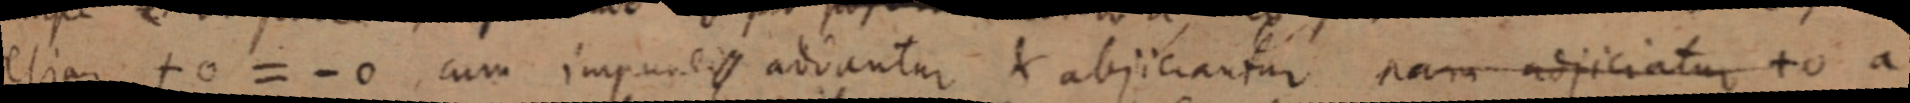
etiam + 0 = - 0 cum impudi addantur abjiciantur nam adjiciatur + 0 a